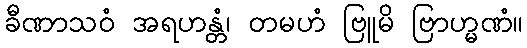
ခီဏာသဝံ အရဟန္တံ၊ တမဟံ ဗြူမိ ဗြာဟ္မဏံ။